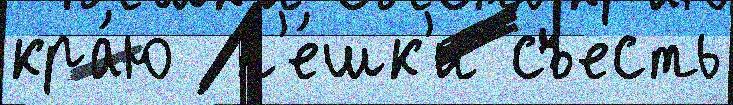
кра́ю  п'е́шк'и съесть